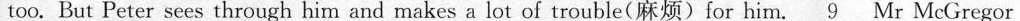
too. But Peter sees through him and makes a lot of trouble(麻烦)for him. \underline{9} Mr McGregor